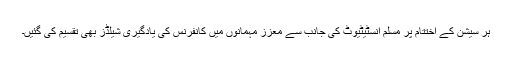
ہر سیشن کے اختتام پر مسلم انسٹیٹیوٹ کی جانب سے معزز مہمانوں میں کانفرنس کی یادگیری شیلڈز بھی تقسیم کی گئیں۔